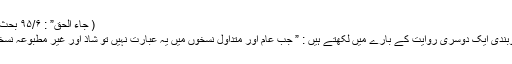
( جاء الحق” : ۹۵/۶ بحث” قنوتِ نازلہ پڑھنا منع ہے”)
جناب سر فراز خان صفدر دیوبندی ایک دوسری روایت کے بارے میں لکھتے ہیں : ” جب عام اور متداول نسخوں میں یہ عبارت نہیں تو شاذ اور غیر مطبوعہ نسخوں کا کیا اعتبار ہوسکتا ہے؟